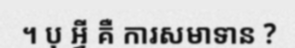
។ បុ អ្វី គឺ ការសមាទាន ?